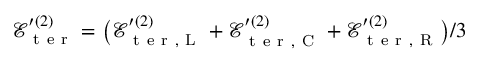
\mathcal { E } _ { \mathrm { ~ t ~ e ~ r ~ } } ^ { \prime { ( 2 ) } } = \big ( \mathcal { E } _ { \mathrm { ~ t ~ e ~ r ~ } , \mathrm { ~ L ~ } } ^ { \prime { ( 2 ) } } + \mathcal { E } _ { \mathrm { ~ t ~ e ~ r ~ } , \mathrm { ~ C ~ } } ^ { \prime { ( 2 ) } } + \mathcal { E } _ { \mathrm { ~ t ~ e ~ r ~ } , \mathrm { ~ R ~ } } ^ { \prime { ( 2 ) } } \big ) / 3